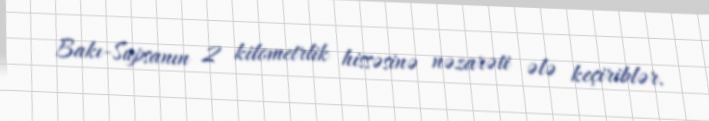
Bakı-Supsanın 2 kilometrlik hissəsinə nəzarəti ələ keçiriblər.